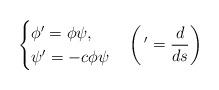
LaTeX: \begin{align*}\begin{cases}\phi' =\phi\psi,\\\psi'=-c\phi\psi\end{cases}\left(\, '=\dfrac{d}{ds}\right)\end{align*}